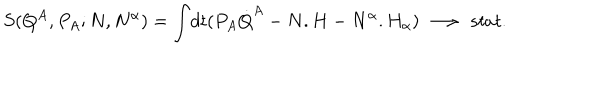
S ( Q ^ { A } , P _ { A } ; N , N ^ { \alpha } ) = { \int } d t ( P _ { A } { \dot { Q } } ^ { A } - N . H - N ^ { \alpha } . H _ { \alpha } ) \ \longrightarrow \ s t a t .